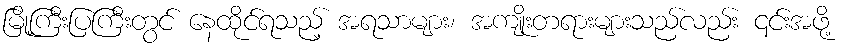
မြို့ကြီးပြကြီးတွင် နေထိုင်ရသည့် အရသာများ၊ အကျိုးတရားများသည်လည်း ၎င်းအဖို့